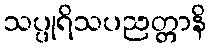
သပ္ပုရိသပညတ္တာနိ